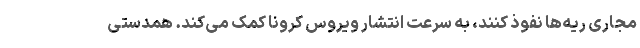
مجاری ریه‌ها نفوذ کنند، به سرعت انتشار ویروس کرونا کمک می‌کند. همدستی